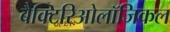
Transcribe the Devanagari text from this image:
बैक्टिरिओलॉजिकल